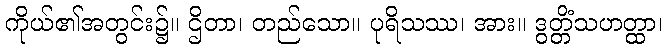
ကိုယ်၏အတွင်း၌။ ဌိတာ၊ တည်သော။ ပုရိသဿ၊ အား။ ဒွတ္တိံသဟတ္ထာ၊